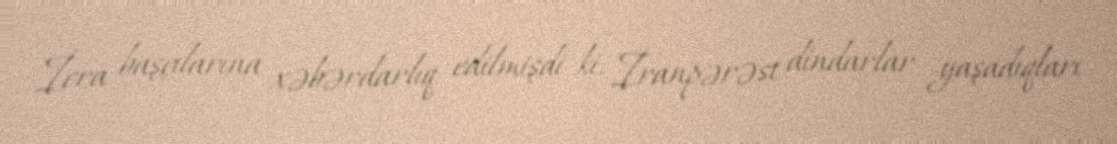
İcra başçılarına xəbərdarlıq edilmişdi ki, İranpərəst dindarlar yaşadıqları